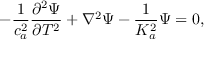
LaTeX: - \frac { 1 } { c _ { a } ^ { 2 } } \frac { \partial ^ { 2 } \Psi } { \partial T ^ { 2 } } + \nabla ^ { 2 } \Psi - \frac { 1 } { K _ { a } ^ { 2 } } \Psi = 0 ,